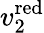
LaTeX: v_{2}^{\mathrm{red}}